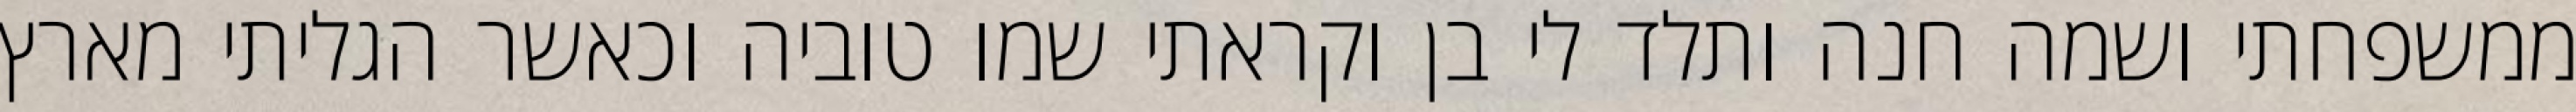
ממשפחתי ושמה חנה ותלד לי בן וקראתי שמו טוביה וכאשר הגליתי מארץ